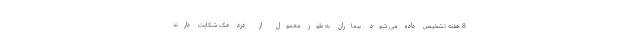
8 هفته تشخیص داده می شود. بیماران به طور معمول از درد فک شکایت دارند